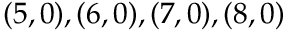
( 5 , 0 ) , ( 6 , 0 ) , ( 7 , 0 ) , ( 8 , 0 )